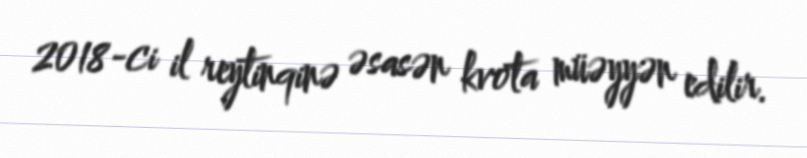
2018-ci il reytinqinə əsasən kvota müəyyən edilir.